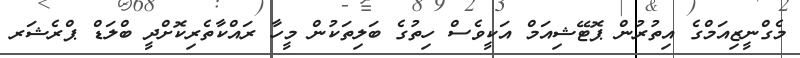
މެގްނީޒިއަމްގެ އިތުރުން ޕޮޓޭޝިއަމް އަކީވެސް ހިތުގެ ބަލިތަކުން މީހާ ރައްކާތެރިކޮށްދީ ބްލަޑް ޕްރެޝަރ